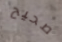
صحيح